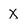
Character: X